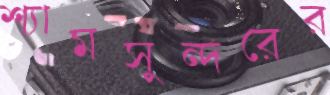
শ্যামসুন্দরের